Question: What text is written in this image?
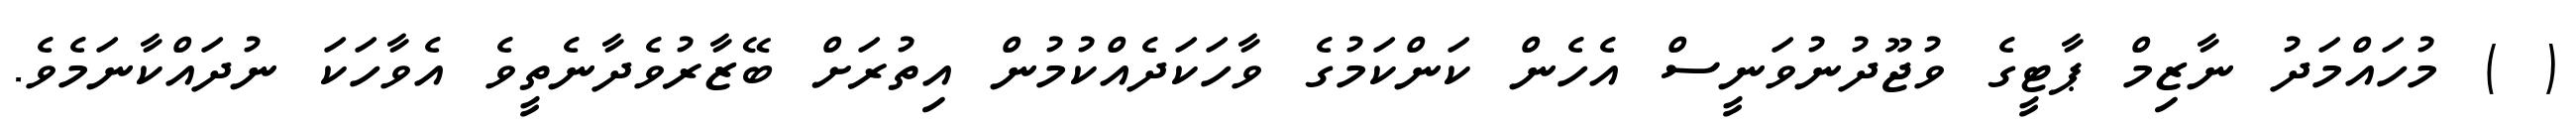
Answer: ( ) މުހައްމަދު ނާޒިމް ޕާޓީގެ ވުޖޫދުނުވަނީސް އެހެން ކަންކަމުގެ ވާހަކަދެއްކުމުން އިތުރަށް ބޭޒާރުވެދާނެތީވެ އެވާހަކަ ނުދައްކާނަމެވެ.